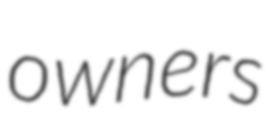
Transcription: owners